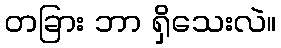
တခြား ဘာ ရှိသေးလဲ။